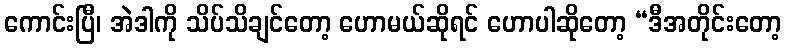
ကောင်းပြီ၊ အဲဒါကို သိပ်သိချင်တော့ ဟောမယ်ဆိုရင် ဟောပါဆိုတော့ “ဒီအတိုင်းတော့